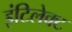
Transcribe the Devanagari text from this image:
इंटिलेक्ट